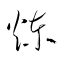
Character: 煉